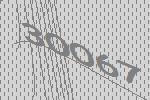
30067